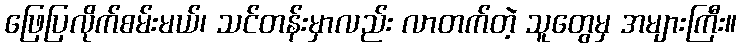
ဖြေပြလိုက်စမ်းမယ်၊ သင်တန်းမှာလည်း လာတက်တဲ့ သူတွေမှ အများကြီး။